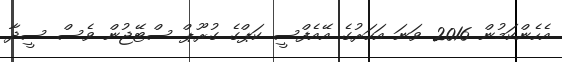
އެހެންކަމުން 2016 ވަނަ އަހަރުގެ އޭއެފްސީ ކަޕްގެ ގުރޫޕް ސްޓޭޖުން ވެސް ސީދާ